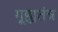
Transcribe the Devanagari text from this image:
गूह्यतंत्र